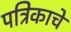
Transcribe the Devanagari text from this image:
पत्रिकाचे